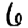
Digit: 6